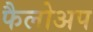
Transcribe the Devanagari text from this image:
फैलोअप